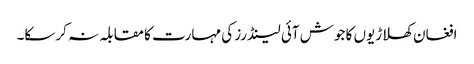
افغان کھلاڑیوں کا جوش آئی لینڈرز کی مہارت کا مقابلہ نہ کرسکا۔